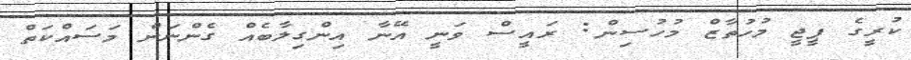
ކުރީގެ ޕީޖީ މުހުތާޒް މުހުސިން: ރައީސް ވަނީ އޭނާ އިންގިލާބެއް ގެންނަން މަސައްކަތް